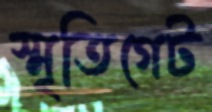
স্মৃতিগেট